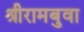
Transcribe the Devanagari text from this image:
श्रीरामबुवा